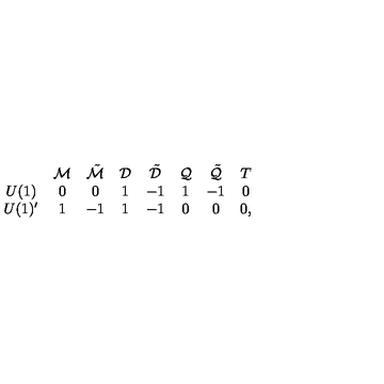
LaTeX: \begin{array} { c c c c c c c c } { } & { { \cal M } } & { \tilde { \cal M } } & { { \cal D } } & { \tilde { \cal D } } & { { \cal Q } } & { \tilde { \cal Q } } & { T } \\ { U ( 1 ) } & { 0 } & { 0 } & { 1 } & { - 1 } & { 1 } & { - 1 } & { 0 } \\ { U ( 1 ) ^ { \prime } } & { 1 } & { - 1 } & { 1 } & { - 1 } & { 0 } & { 0 } & { 0 , } \\ \end{array}